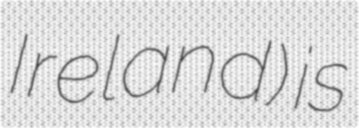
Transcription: Ireland) is